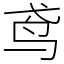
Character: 鸢